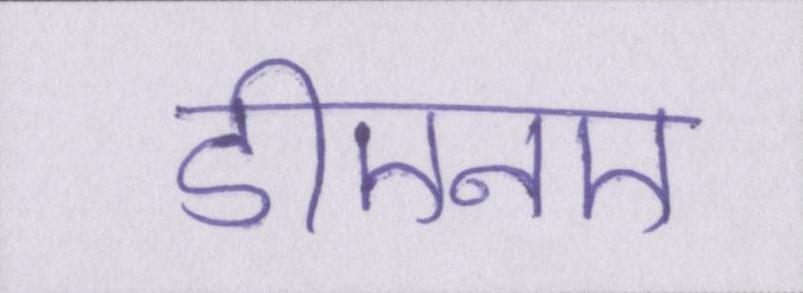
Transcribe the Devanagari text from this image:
डीएनए